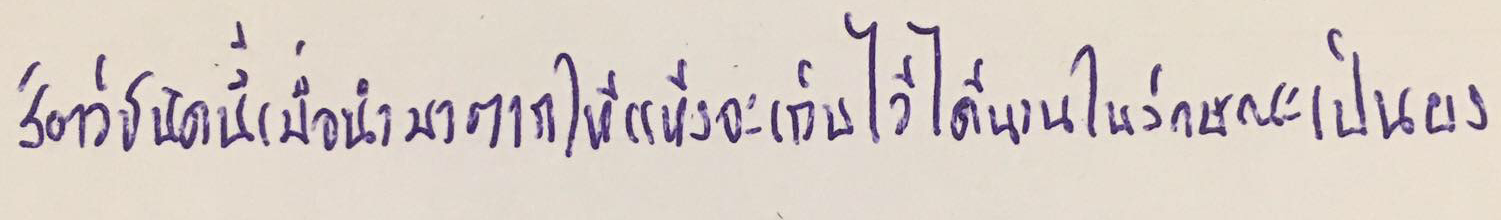
สัตว์ชนิดนี้เมื่อนำมาตากให้แห้งจะเก็บไว้ได้นานในลักษณะเป็นผง